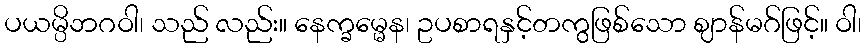
ပယမ္ပိဘဂဝါ၊ သည် လည်း။ နေက္ခမ္မေန၊ ဥပစာရနှင့်တကွဖြစ်သော ဈာန်မဂ်ဖြင့်။ ဝါ၊